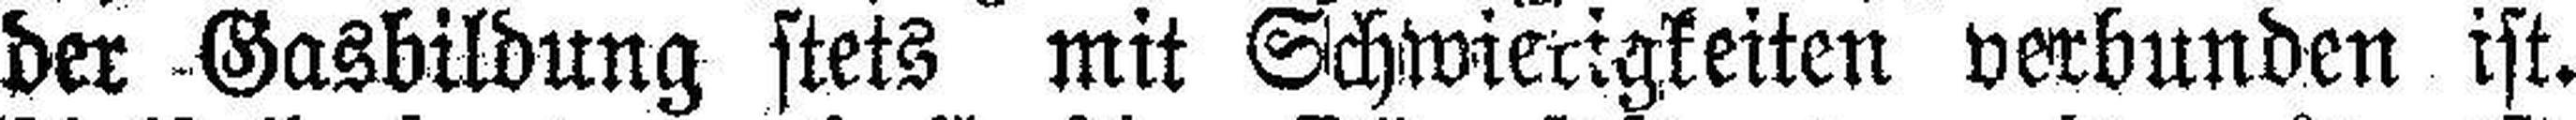
der Gasbildung stets mit Schwierigkeiten verbunden ist.